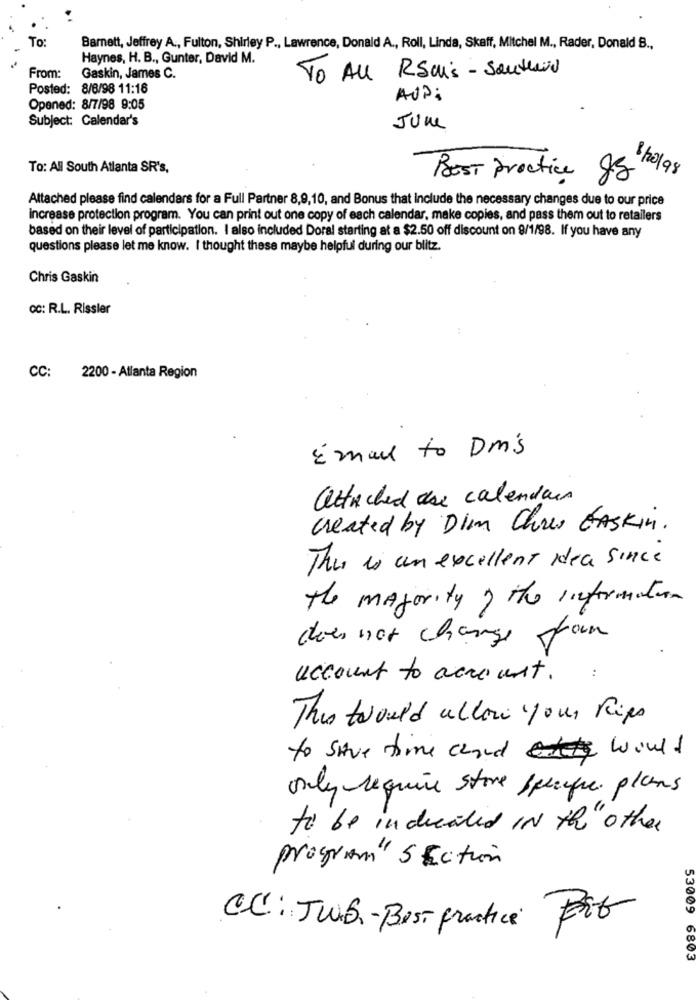
To:
Barnett, Jeffrey A ., Fulton, Shirley P ., Lawrence, Donald A ., Roll, Linda, Skaff, Mitchel M ., Rader, Donald B .,
Haynes, H. B ., Gunter, David M.
From:
Gaskin, James C.
To All RSuis - Southend
Posted: 8/6/98 11:16
AUP:
Opened: 8/7/98 9:05
Subject: Calendar's
June
To: All South Atlanta SR's,
BEST practice ff
8/20/98
Attached please find calendars for a Full Partner 8,9,10, and Bonus that Include the necessary changes due to our price
Increase protection program. You can print out one copy of each calendar, make copies, and pass them out to retailers
based on their level of participation. I also included Doral starting at a $2.50 off discount on 9/1/98. If you have any
questions please let me know. I thought these maybe helpful during our blitz.
Chris Gaskin
CC: R.L. Rissler
CC: 2200 - Atlanta Region
Email to Dm's
attached are calendar
created by Dim Chres CAskin.
Thu es un excellent dea since
the majority of the information
does not change from
account to account.
This twould allow your Rips
to save time and would
only require store sprayque plans
to be indicated IN the" other
program" Section
CC: JW.B .- Best practice Fit
53009 6803